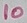
Text: 10